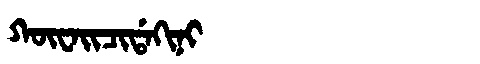
Manchu: ᡴᡡᠸᠠᡳᠴᡳᡩᠠᡴᡳᠨᡳ
Romanization: KŪWAICIDAKINI